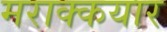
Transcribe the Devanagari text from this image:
मराक्कयार